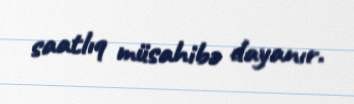
saatlıq müsahibə dayanır.